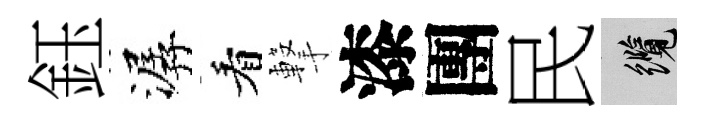
鈺潺看撃漆團民纜